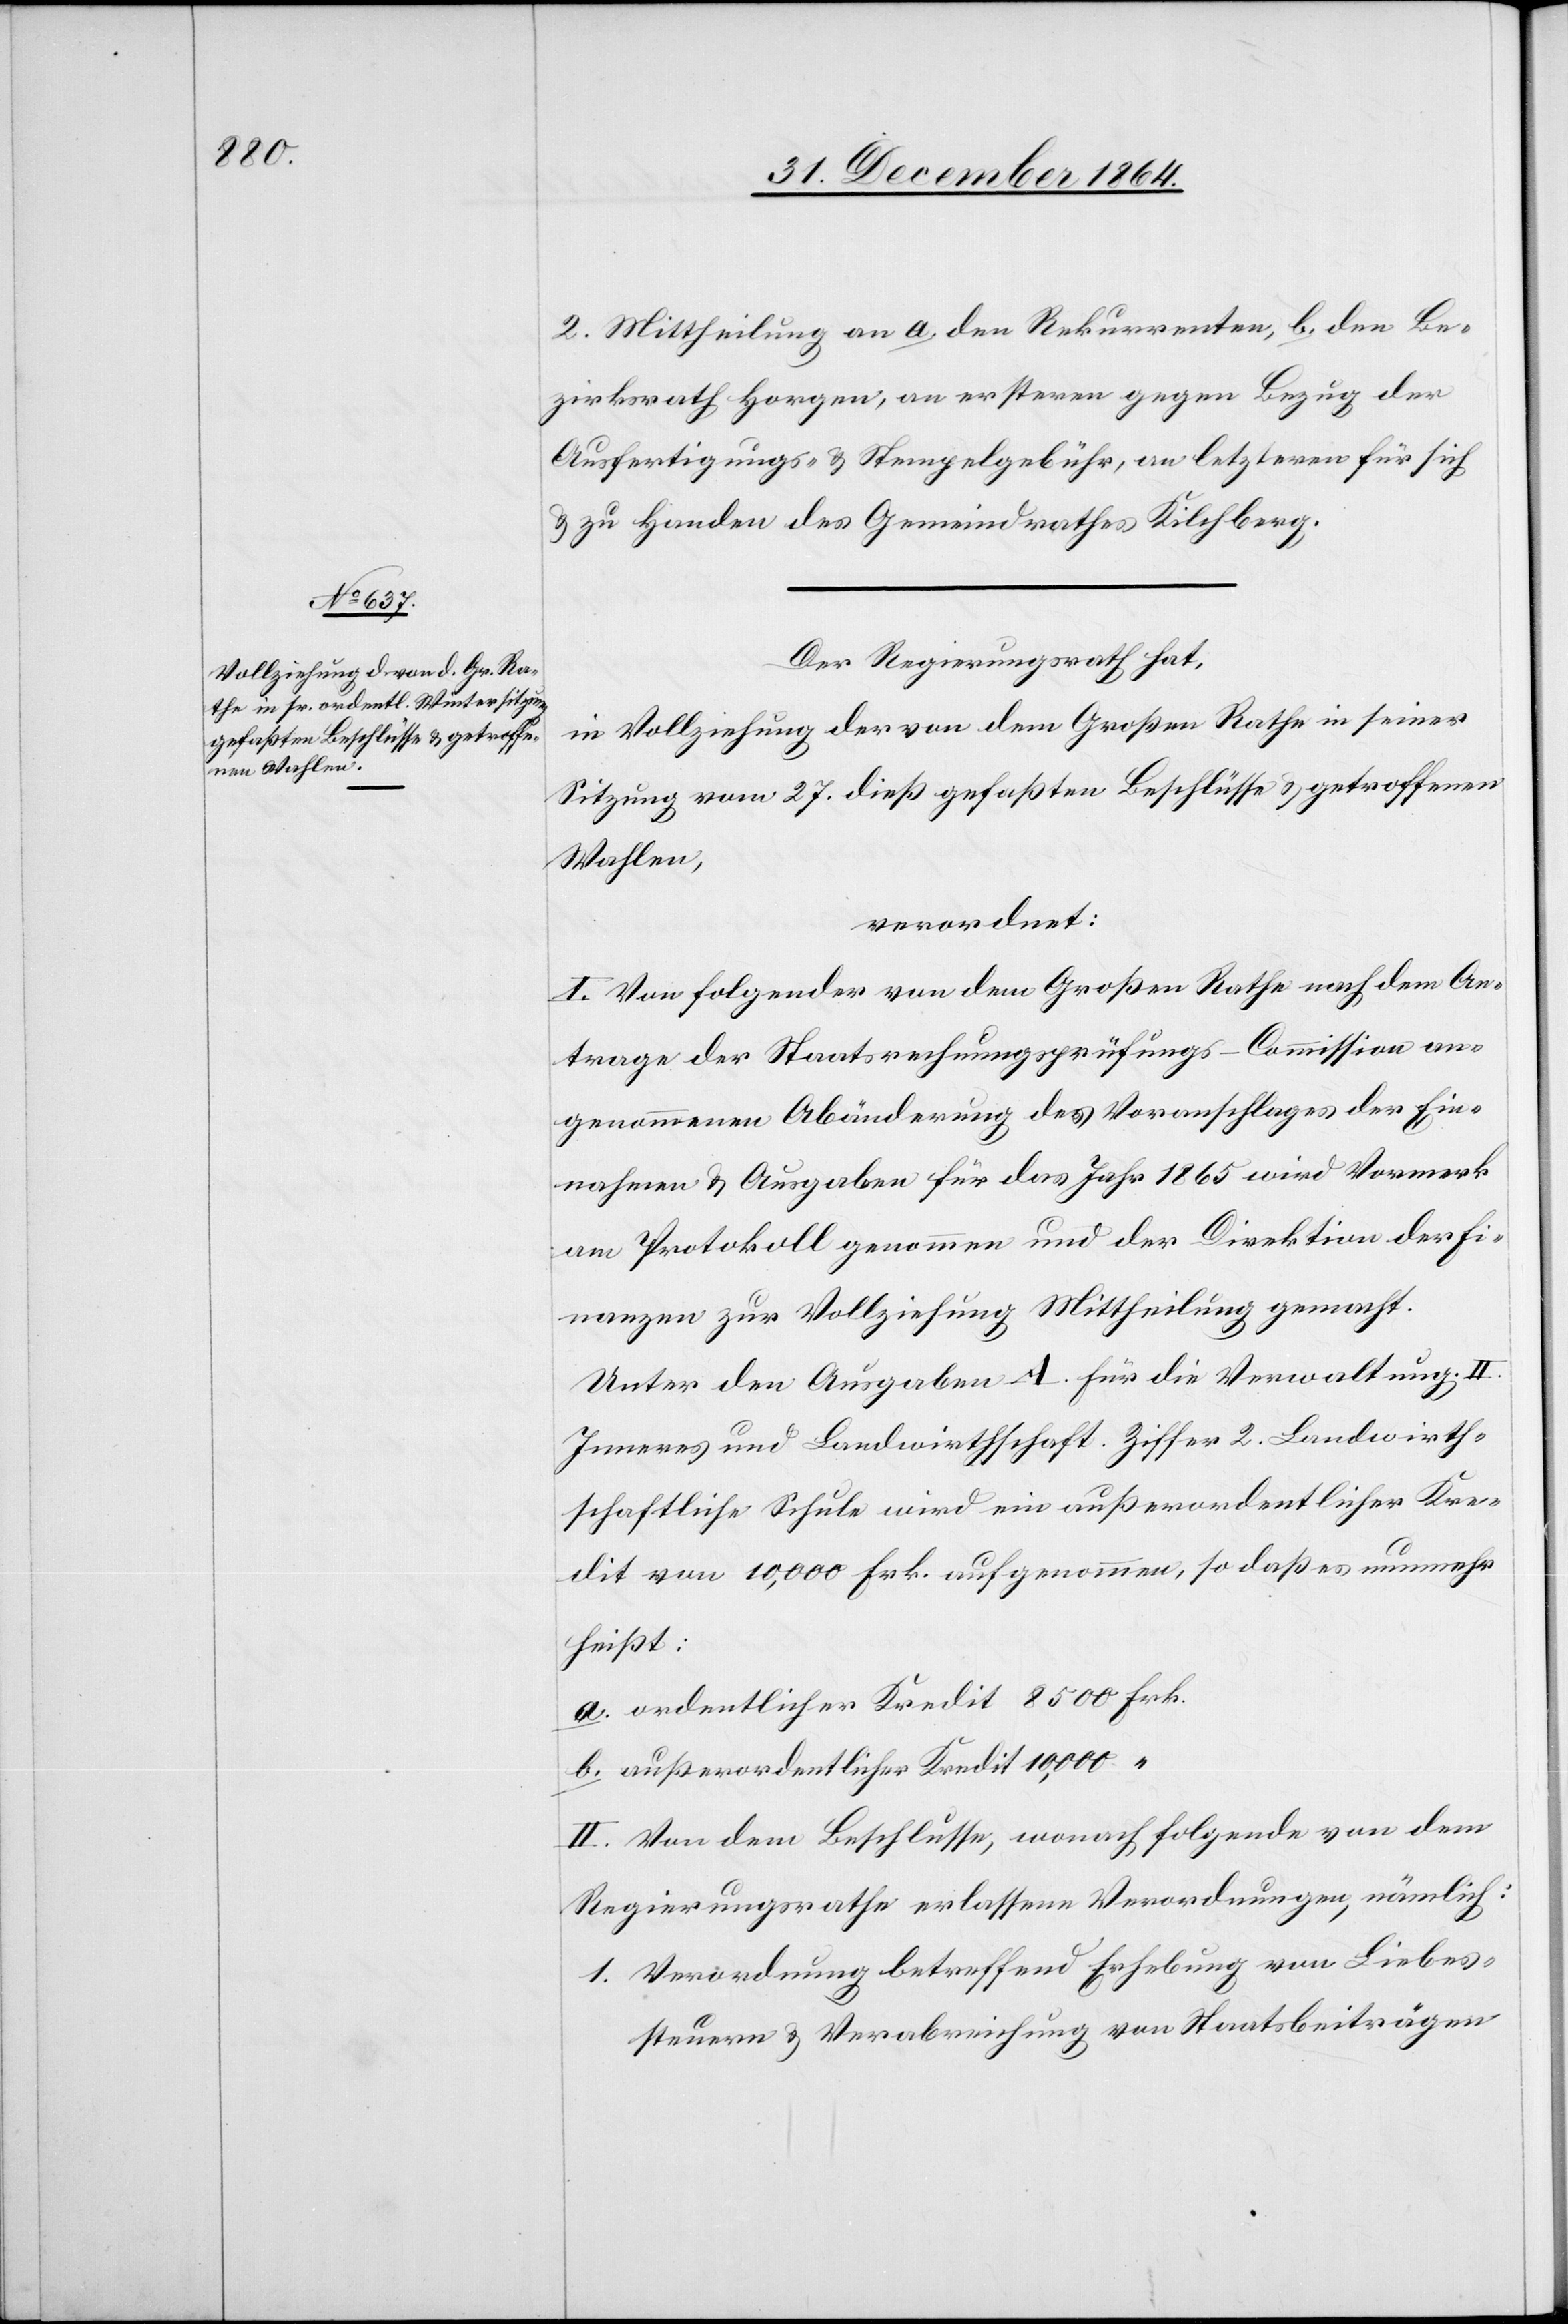
2. Mittheilung an a. den Rekurrenten, b. den Be¬
zirksrath Horgen, an ersteren gegen Bezug der
Ausfertigungs- & Stempelgebühr, an letzteren für sich
& zu Handen des Gemeindrathes Kilchberg.
Der Regierungsrath hat,
in Vollziehung der von dem Großen Rathe in seiner
Sitzung vom 27. dieß gefaßten Beschlüsse & getroffenen
Wahlen,
verordnet:
I. Von folgender von dem Großen Rathe nach dem An¬
trage der Staatsrechnungsprüfungs-Commission an¬
genommenen Abänderung des Voranschlages der Ein¬
nahmen & Ausgaben für das Jahr 1865 wird Vormerk
am Protokoll genommen und der Direktion der Fi¬
nanzen zur Vollziehung Mittheilung gemacht.
Unter den Ausgaben A. für die Verwaltung. II.
Inneres und Landwirthschaft. Ziffer 2. Landwirt¬
schaftliche Schule wird ein außerordentlicher Kre¬
dit von 10,000 Frk. aufgenommen, so daß es nunmehr
heißt:
a. ordentlicher Kredit 8500 Frk.
b. außerordentlicher Kredit 10,000
II. Von dem Beschlusse, wonach folgende von dem
Regierungsrathe erlassene Verordnungen, nämlich:
1. Verordnung betreffend Erhebung von Liebes¬
steuern & Verabreichung von Staatsbeiträgen